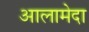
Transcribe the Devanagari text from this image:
आलामेदा